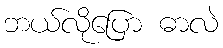
ဘယ်လိုပြော ဓာလဲ